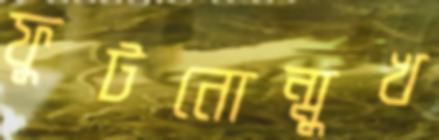
ফুটনোন্মুখ